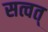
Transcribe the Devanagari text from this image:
सत्वत्